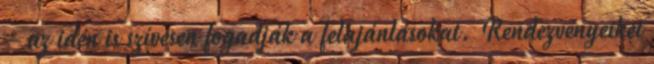
– az idén is szívesen fogadják a felajánlásokat. Rendezvényeiket